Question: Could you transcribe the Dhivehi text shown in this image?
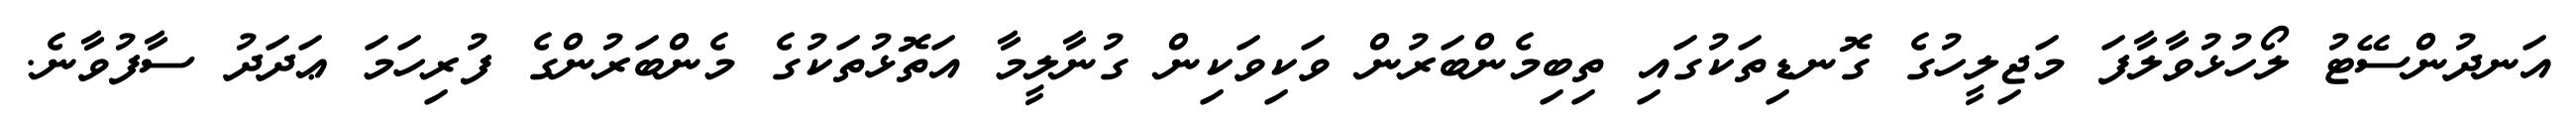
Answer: އަނދުންސޭޓު ލޯހުޅުވާލާފަ މަޖިލީހުގެ ގޮނޑިތަކުގައި ތިބިމެންބަރުން ވަކިވަކިން ގުނާލީމާ އަތޮޅުތަކުގެ މެންބަރުންގެ ފުރިހަމަ ޢަދަދު ސާފުވާނެ.